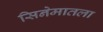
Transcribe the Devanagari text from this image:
सिनेमातला